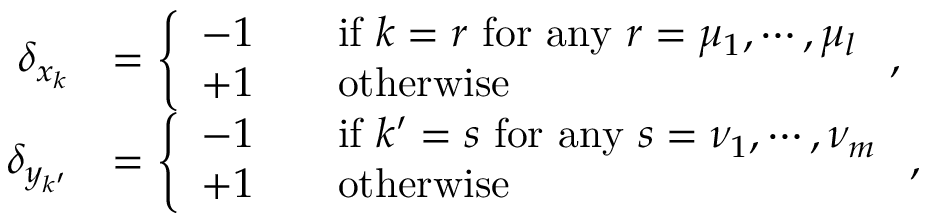
\begin{array} { r l } { \delta _ { x _ { k } } } & { = \left\{ \begin{array} { l l l } { - 1 } & & { \mathrm { i f } \ k = r \ \mathrm { f o r \ a n y } \ r = \mu _ { 1 } , \cdots , \mu _ { l } } \\ { + 1 } & & { \mathrm { o t h e r w i s e } } \end{array} \right. , } \\ { \delta _ { y _ { k ^ { \prime } } } } & { = \left\{ \begin{array} { l l l } { - 1 } & & { \mathrm { i f } \ k ^ { \prime } = s \ \mathrm { f o r \ a n y } \ s = \nu _ { 1 } , \cdots , \nu _ { m } } \\ { + 1 } & & { \mathrm { o t h e r w i s e } } \end{array} \right. , } \end{array}